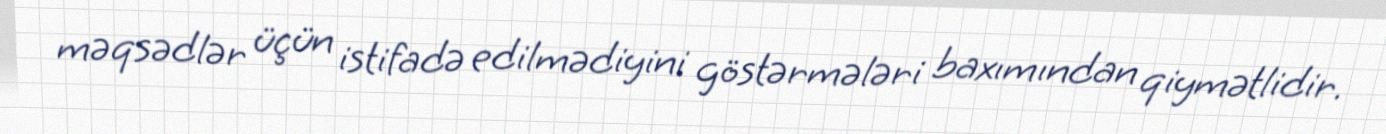
məqsədlər üçün istifadə edilmədiyini göstərmələri baxımından qiymətlidir.